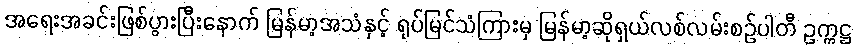
အရေးအခင်းဖြစ်ပွားပြီးနောက် မြန်မာ့အသံနှင့် ရုပ်မြင်သံကြားမှ မြန်မာ့ဆိုရှယ်လစ်လမ်းစဉ်ပါတီ ဥက္ကဋ္ဌ